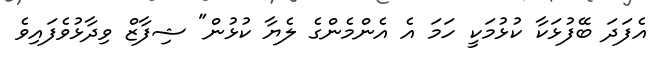
އެފަދަ ބޭފުޅަކާ ކުޅުމަކީ ހަމަ އެ އެންމެންގެ ލެޔާ ކުޅުން" ޝިފާޒް ވިދާޅުވެފައިވެ